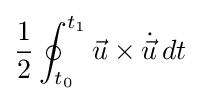
{1 \over 2}\oint _{t_{0}}^{t_{1}}{\vec {u}}\times {\dot {\vec {u}}}\,dt